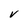
Character: V